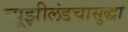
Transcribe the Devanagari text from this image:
न्यूझीलंडचासुद्धा